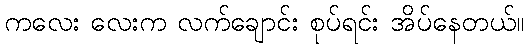
ကလေး လေးက လက်ချောင်း စုပ်ရင်း အိပ်နေတယ်။